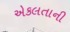
એકલતાની